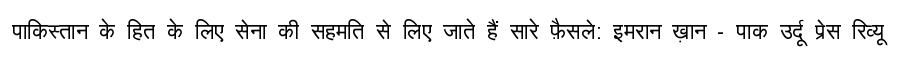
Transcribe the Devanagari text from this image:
पाकिस्तान के हित के लिए सेना की सहमति से लिए जाते हैं सारे फ़ैसले: इमरान ख़ान - पाक उर्दू प्रेस रिव्यू